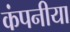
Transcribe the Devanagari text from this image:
कंपनीया